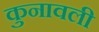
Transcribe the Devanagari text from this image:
कुनावली